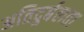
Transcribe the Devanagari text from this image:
अतिदुर्बलता